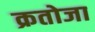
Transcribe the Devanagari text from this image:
क्रतोजा